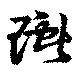
瓛